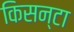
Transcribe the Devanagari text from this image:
किसन्टा